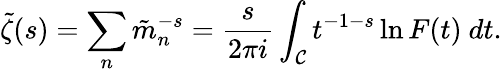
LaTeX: \tilde{\zeta}(s)=\sum_{n}\tilde{m}_{n}^{-s}={\frac{s}{2\pi i}}\int_{\cal C}t^{-1-s}\ln F(t)\ dt.